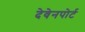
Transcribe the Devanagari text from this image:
देवेनपोर्ट